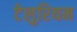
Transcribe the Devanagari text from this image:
टेलुरियम